Annual report of the Civil Veterinary Department, Bengal, and of the Bengal Veterinary College for the year 1905-1906 - 1905-1906
Year: 1905
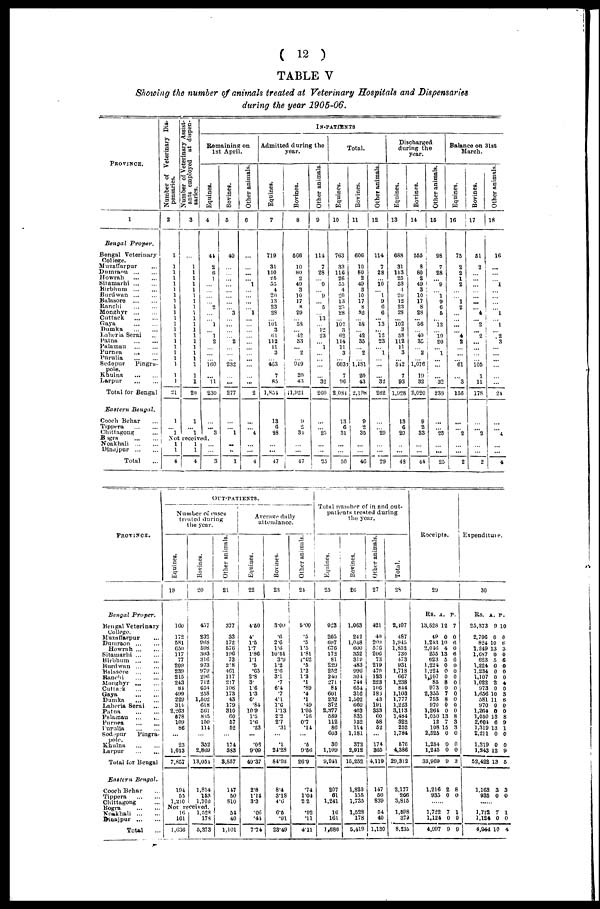
(12)
TABLE V
Showing the number of animals treated at Veterinary Hospitals and Dispensaries
during the year 1905-06.
PROVINCE.
1
Bengal
Proper.
Bengal Veterinary
Muzaffarpur ...
Dumraou
...
...
Howrah
...
...
Sitamarhi
...
...
Birbhum
...
...
Burdwan
...
...
Balasore
...
...
Ranchi
...
...
Monghyr
...
...
Cuttack
...
...
Gaya
...
...
Dumka
...
...
Laheria Serai ...
Patna
...
...
Palaman
...
...
Purnea
... ...
Purulia
...
...
Sedepur
Pingru-
pole.
Khulna
...
...
Larpur
...
...
Total for Bengal
Eastern
Bengal.
Cooch Behar ...
Tippera
...
...
Chittagong ...
Bogra
...
...
Noakhali
...
...
Dinejpur
...
...
Total
Number of Veterinary Dis-
pensaries.
2
1
1
1
1
1
1
1
1
1
1
1
1
1
1
1
1
1
1
1
1
1
21
1
... 1
Number of Veterinary Assist-
ants employed at dispen-
saries.
3
...
1
1
1
1
1
1
1
1
1
1
1
1
1
1
1
1
1
1
1
1
20
1
... 1
IN-PATIENTS
Remaining on
1st April.
Equines.
4
41
2
6
1
...
...
...
... 2
...
... 1
... 1
2
...
...
... 160
... 11
230
...
... 3
Not received.
1
1
4
1
1
4
...
...
3
Bovines.
5
40
...
...
...
...
...
...
...
... 3
... ...
...
... 2
...
...
... 232
...
...
277
...
... 1
...
...
1
Other animals.
6
...
...
...
... 1
...
...
...
... 1
...
...
...
...
...
...
...
...
...
...
...
2
...
... 4
...
...
4
Admitted during the
year.
Equines.
7
719
31
110
■if,
55
4
2D
13
23
23
... 101
3
61
112
11
3
... 463
7
85
1,851
13
6
28
...
...
47
Bovines.
8
568
10
80
2
49
3
10
17
8
29
... 58
... 42
33
... 2
... 949
20
43
1,921
9
3
34
...
...
47
Other animals.
9
114
7
28
... 9
... 9
... 5
... 13
... 12
23
... 1
...
...
...
... 32
260
...
... 25
...
...
25
Total.
Equines.
10
763
33
116
26
55
4
20
13
2.3
28
... 102
3
62
114
11
3
... 603
... 7
96
2,081
13
6
31
...
...
50
Bovines.
11
606
10
80
2
49
3
10
17
8
32
... 58
... 42
35
... 2
... 1,181
20
43
2,198
9
2
35
...
...
46
Other animals.
12
114
7
28
... 10
... 1
9
6
6
... 13
... 12
23
... 1
...
...
... 32
262
...
... 29
...
...
29
Discharged
during the
year.
Equines.
13
688
31
113
25
53
4
20
12
23
28
... 102
3
58
112
11
3
... 542
7
93
1,928
13
6
20
...
...
48
Bovines.
14
555
8
80
2
49
3
10
17
8
23
... 56
... 40
35
... 2
... 1,076
19
32
2,020
9
2
33
...
...
44
Other animals.
15
98
7
28
9
... 1
9
6
5
... 12
... 10 20
1
...
...
... 32
238
...
... 25
... ...
25
Balance on 31st
March.
Equines.
16
75
2
2
1
2
...
... 1
2
...
...
...
... 4
2
...
...
... 61
... 3
156
...
... 2
... ...
2
Bovines.
17
51
2
...
...
...
...
...
...
... 4
... 2
... 2
...
...
...
... 105
1
11
178
...
... 2
...
...
2
Other animals.
18
16
...
...
... 1
...
...
...
... 1
... 1
... ,2
3
...
...
...
...
...
...
24
...
...... 4
...
...
4
PROVINCE.
Bengal
Proper.
Bengal Veterinary
Muzaffarpur
...
Dumraon
Howrah
Sitamarhi
...
...
Birbhum
...
...
Burdwan
Balasore
Ranchi
Monghyr
...
...
Cuttack
...
...
Gaya
...
...
Dumka
...
...
Laheria Serai
Patna
Palamau
... ...
Purnea
Sodepur
Pingra-
Larpur
...
...
Total for Bengal
Eastern
Bengal.
Cooch Behar ...
Chittagong ...
Dinajpur
...
...
Total ...
OUT-PATIENTS.
Number of cases
treated during
the year.
Equines.
19
160
172
581
650
117
77
200
239
215
243
84
499
229
310
2,203
678
109
86
...
23
1,013
7,857
194
55
1,210
Not received.
16
161
1,636
Bovines.
20
457
232
968
598
303
816
973
979
296
712
654
258
1,502
618
361
835
150
114
...
352
2,869
13,054
1,814
153
1,700
1,528
178
5,373
Other animals.
81
377
33
172
576
196
73
2'8
401
117
217
106
173
43
179
310
00
57
52
...
174
383
8,857
147
50
810
54
40
1,101
Average daily
attendance.
Equines.
22
4.50
4.
1.5
1.7
1.86
1.1
.5
.65
2.8
3.
16
1.3
6.
.84
109
1.5
1.6
.23
...
.05
9.09
49.37
2.8
1.14
3.3
.06
.41
7.74
Bovines.
23
3.00
.6
2.6
1.6
10.51
3.9
1.2
2.6
3.1
.7
6.4
.7
4.1
1.6
113
2.2
27
.31
...
.1
24.28
84.93
8.4
3.18
4.6
6.5
.91
23.49
Other animals.
24
5.00
.5
.5
1.5
1.81
1.62
.5
1.2
1.3
.1
.89
.4
.1
.49
1.05
.16
0.7
.14
...
.5
9.56
26.9
.74
1.04
22
.02
.11
4.11
Total number of in and out-
patients treated during
the year.
Equines.
25
923
205
697
676
172
81
229
252
240
271
84
601
232
372
2,377
589
112
86
603
30
1,109
9,941
207
61
1,241
16
161
1,686
Bovines.
26
1,063
212
1,048
000
352
319
483
996
304
744
654
316
1,502
660
403
835
152
114
1,181
372
2,912
15,252
1,823
155
1,735
1,528
178
5,419
Other animals.
27
421
40
209
576
206
73
219
470
123
223
106
18J
43
191
333
60
68
52
...
174
365
4,119
147
50
839
54
40
1,130
Total.
28
2,107
487
1,945
1,852
730
473
931
1,718
667
1,238
844
1,103
1,777
1,223
3,113
1,484
322
252
1,784
576
4,386
29,312
2,177
266
3,815
1,598
379
8,235
Receipts.
29
Rs. A. P.
13,523 12 7
49 0 0
1.243 10 6
2,010 4 0
255 13 6
623 5 6
1,224 0 0
1,224 0 0
1.107 0 0
85 8 0
973 0 0
2,355 7 0
753 8 0
970 0 0
1,264 0 0
1,050 13 8
12 7 3
108 15 3
2,525 0 0
1,254 0 0
1,245 0 0
33,969 9 3
1,216 2 8
935 0 0
......
1,722 7 1
1,124 0 0
4,997 9 9
Expenditure.
30
Rs. A. P.
25,373 9 10
2,706 0 0
824 10 6
1.249 13 3
1,687 0 0
623 5 6
1,221 0 0
1,234 0 0
1,107 0 0
1,022 2 4
973 0 0
1,656 10 3
581 11 6
970 0 0
1,264 0 0
1,050 13 8
2,601 6 9
1,319 13 1
2,211 0 0
1,219 0 0
1,243 12 9
52,422 13 5
1,163 3 3
935 0 0
......
1,722 7 1
1,124 0 0
4,944 10 4